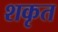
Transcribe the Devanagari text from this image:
शकृत